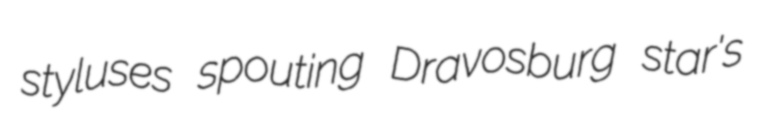
styluses spouting Dravosburg star's